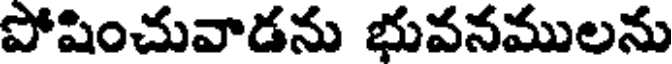
పోషించువాడను భువనములను